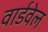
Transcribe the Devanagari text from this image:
वार्डवेल